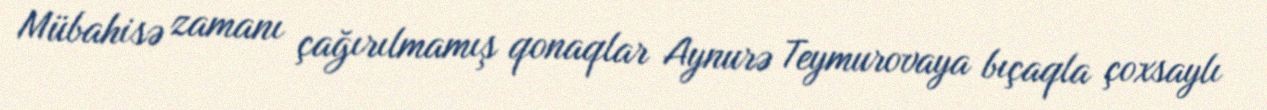
Mübahisə zamanı çağırılmamış qonaqlar Aynurə Teymurovaya bıçaqla çoxsaylı